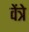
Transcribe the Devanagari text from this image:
वेंत्रे